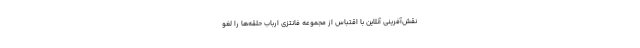
نقش‌آفرینی آنلاین با اقتباس از مجموعه فانتزی ارباب حلقه‌ها را لغو